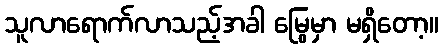
သူလာရောက်လာသည့်အခါ မြွေမှာ မရှိတော့။